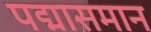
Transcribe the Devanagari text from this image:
पद्मासमान